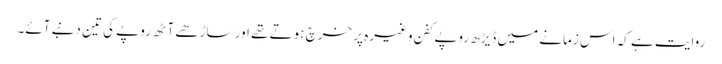
روایت ہے کہ اس زمانے میں ڈیڑھ روپے کفن وغیرہ پر خرچ ہوتے تھے اور ساڑھے آٹھ روپے کی تین دنبے آئے۔